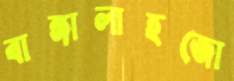
বাঙ্গালাহজো